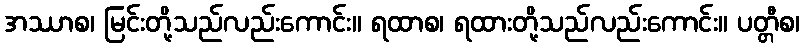
အဿာစ၊ မြင်းတို့သည်လည်းကောင်း။ ရထာစ၊ ရထားတို့သည်လည်းကောင်း။ ပတ္တီစ၊